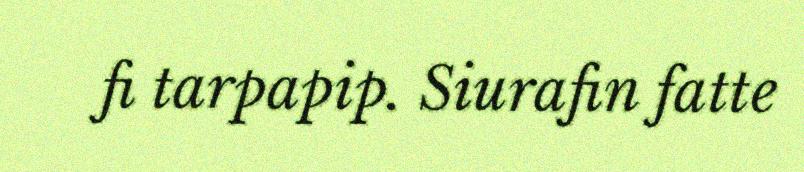
fi tarpapip. Siurafin fatte